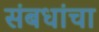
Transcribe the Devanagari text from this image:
संबधांचा